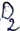
Text: D2